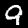
Digit: 9